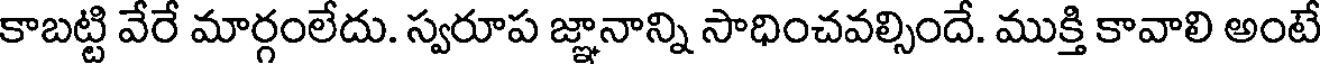
కాబట్టి వేరే మార్గంలేదు. స్వరూప జ్ఞానాన్ని సాధించవల్సిందే. ముక్తి కావాలి అంటే